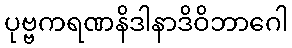
ပုဗ္ဗကရဏနိဒါနာဒိဝိဘာဂေါ